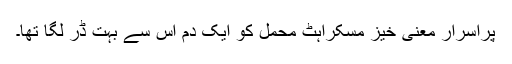
پراسرار معنی خیز مسکراہٹ محمل کو ایک دم اس سے بہت ڈر لگا تھا۔